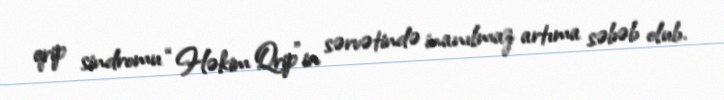
qrip sindromu “Həkim Qrip”in sərvətində inanılmaz artıma səbəb olub.